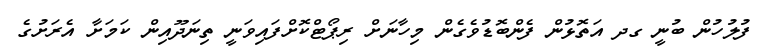
ފުލުހުން ބުނީ ގދ އަތޮޅުން ފެންބޮޑުވެގެން މިހާނަށް ރިޕޯޓްކޮށްފައިވަނީ ތިނަދޫއިން ކަމަށާ އެރަށުގެ